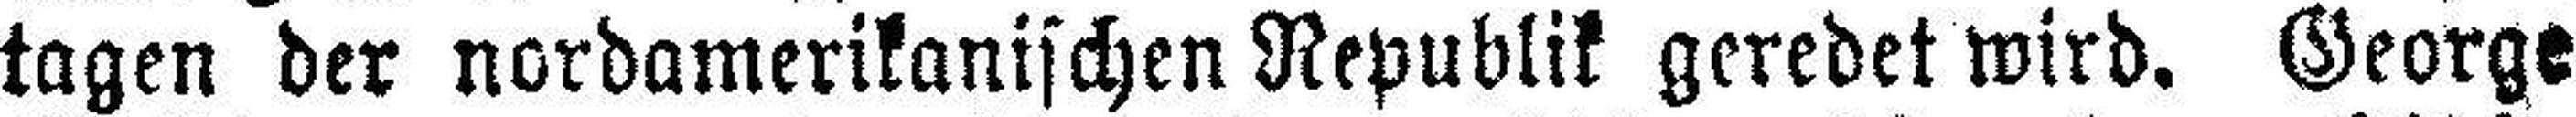
tagen der nordamerikanischen Republik geredet wird. George